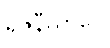
ရဇနီယာပေ